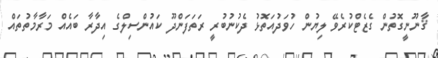
ޤާނޫނީގޮތުން ގެޒެޓްކުރެވޭ ލިޔުން ހުވަދުއަތޮޅު ދެކުނުބުރީ ރަތަފަންދޫ ކައުންސިލްގެ އިދާރާ ބައެއް މަރާމާތުތައް